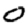
Digit: 0